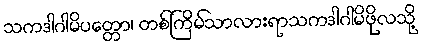
သကဒါဂါမိပတ္တော၊ တစ်ကြိမ်သာလားရာသကဒါဂါမိဖိုလသို့